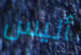
أليس